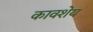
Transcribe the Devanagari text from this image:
कावशेय